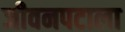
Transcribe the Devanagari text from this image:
जीवनपटाला